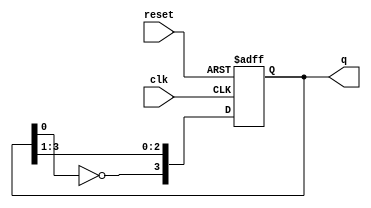
module johnson_counter (
    input wire clk,         // Clock input
    input wire reset,       // Asynchronous reset input
    output reg [3:0] q      // 4-bit output
);

    // Asynchronous reset and Johnson counter behavior
    always @(posedge clk or posedge reset) begin
        if (reset) begin
            q <= 4'b0000; // Reset state
        end else begin
            // Johnson counter logic
            q[3] <= ~q[0]; // Output of last flip-flop inverted fed back to the first
            q[2] <= q[3];  // Shift the values
            q[1] <= q[2];
            q[0] <= q[1];
        end
    end

endmodule